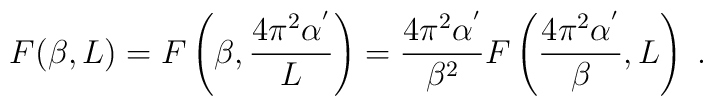
F(\beta,L)= F\left(\beta, \frac{4\pi^{2}\alpha^{'}}{L}\right)=  \frac{4\pi^{2}\alpha^{'}}{\beta^{2}}  F\left(\frac{4\pi^{2}\alpha^{'}}{\beta},L\right)\;.